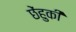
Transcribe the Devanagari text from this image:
छेंहुकी